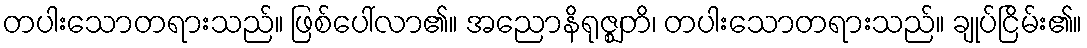
တပါးသောတရားသည်။ ဖြစ်ပေါ်လာ၏။ အညောနိရုဇ္ဈတိ၊ တပါးသောတရားသည်။ ချုပ်ငြိမ်း၏။